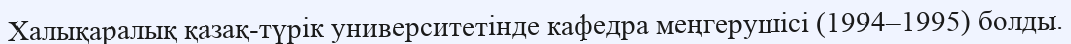
Халықаралық қазақ-түрік университетінде кафедра меңгерушісі (1994–1995) болды.